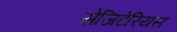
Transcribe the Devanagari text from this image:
सेजिटेरियस